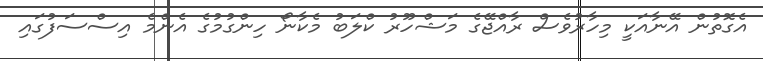
އެގޮތުން އޭނާއަކީ މިހާރުވެސް ރާއްޖޭގެ މަޝްހޫރު ކްލަބު މެކާނޯ ހިންގުމުގެ އެންމެ އިސްސަފުގައި